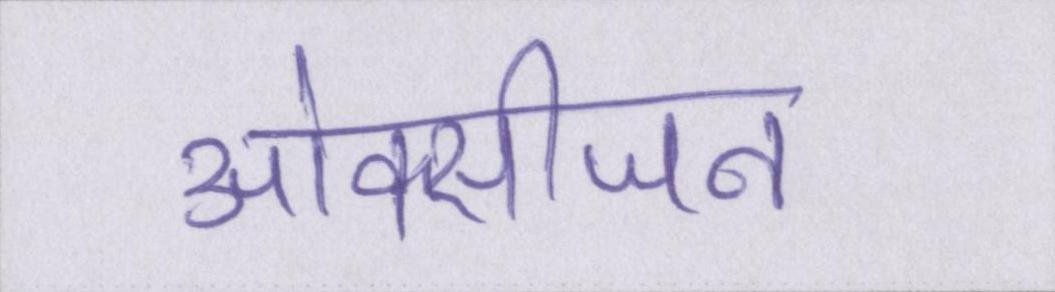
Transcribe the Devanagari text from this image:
ओक्सीजन